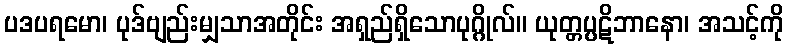
ပဒပရမော၊ ပုဒ်ဗျည်းမျှသာအတိုင်း အရှည်ရှိသောပုဂ္ဂိုလ်။ ယုတ္တပ္ပဋိဘာနော၊ အသင့်ကို